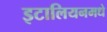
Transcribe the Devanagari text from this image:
इटालियनमधे